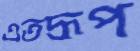
এতদ্রূপ